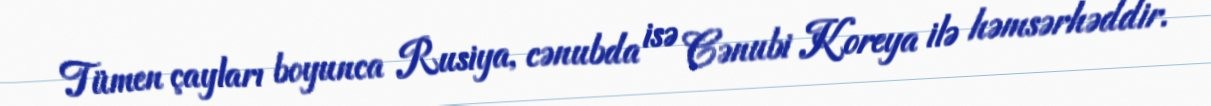
Tümen çayları boyunca Rusiya, cənubda isə Cənubi Koreya ilə həmsərhəddir.